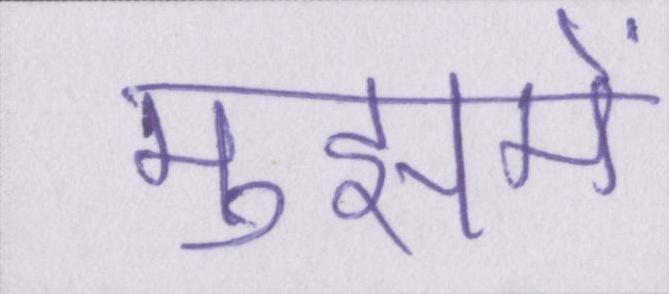
मुझमें